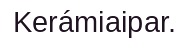
Kerámiaipar.